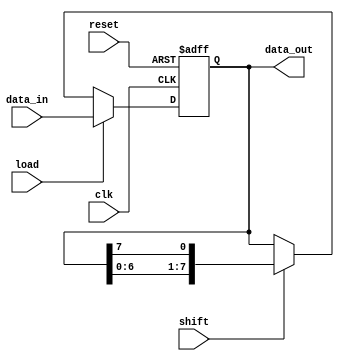
module register (
    input wire clk,     // Clock input
    input wire reset,   // Reset signal
    input wire load,    // Load signal
    input wire shift,   // Shift signal
    input wire [7:0] data_in,     // Input data
    output reg [7:0] data_out     // Output data
);

reg [7:0] reg_data;    // Data stored in the register

always @(posedge clk or posedge reset) begin
    if (reset) begin
        reg_data <= 8'b0;    // Reset the register data to 0
    end else begin
        if (load) begin
            reg_data <= data_in;    // Load new data into the register
        end else if (shift) begin
            reg_data <= {reg_data[6:0], reg_data[7]};    // Shift the data to the left
        end
    end
end

assign data_out = reg_data;    // Assign the register data to the output

endmodule